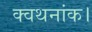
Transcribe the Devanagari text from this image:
क्वथनांक।